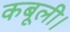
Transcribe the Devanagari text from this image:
कबूली।